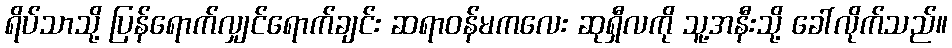
ရိပ်သာသို့ ပြန်ရောက်လျှင်ရောက်ချင်း ဆရာဝန်မကလေး ဆုရှီလကို သူ့အနီးသို့ ခေါ်လိုက်သည်။